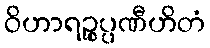
ဝိဟာရဉ္စပ္ပဏီဟိတံ